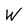
Character: W